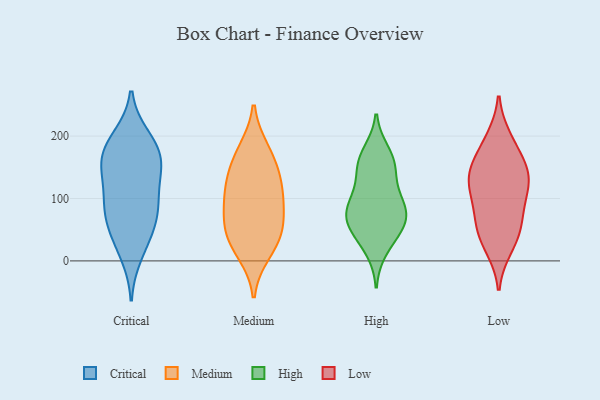
{"axis": {"x": "Energy Usage (MWh)", "y": "Value"}, "legend": ["Critical", "High", "Low", "Medium"], "data": [{"x": "", "y": 195, "type": "Critical"}, {"x": "", "y": 166, "type": "Critical"}, {"x": "", "y": 10, "type": "Critical"}, {"x": "", "y": 51, "type": "Critical"}, {"x": "", "y": 162, "type": "Critical"}, {"x": "", "y": 123, "type": "Critical"}, {"x": "", "y": 138, "type": "Critical"}, {"x": "", "y": 171, "type": "Critical"}, {"x": "", "y": 93, "type": "Critical"}, {"x": "", "y": 157, "type": "Critical"}, {"x": "", "y": 87, "type": "Critical"}, {"x": "", "y": 198, "type": "Critical"}, {"x": "", "y": 35, "type": "Critical"}, {"x": "", "y": 84, "type": "Critical"}, {"x": "", "y": 68, "type": "Critical"}, {"x": "", "y": 49, "type": "Medium"}, {"x": "", "y": 176, "type": "Medium"}, {"x": "", "y": 131, "type": "Medium"}, {"x": "", "y": 94, "type": "Medium"}, {"x": "", "y": 163, "type": "Medium"}, {"x": "", "y": 93, "type": "Medium"}, {"x": "", "y": 54, "type": "Medium"}, {"x": "", "y": 15, "type": "Medium"}, {"x": "", "y": 121, "type": "Medium"}, {"x": "", "y": 35, "type": "Medium"}, {"x": "", "y": 102, "type": "High"}, {"x": "", "y": 48, "type": "High"}, {"x": "", "y": 173, "type": "High"}, {"x": "", "y": 62, "type": "High"}, {"x": "", "y": 144, "type": "High"}, {"x": "", "y": 100, "type": "High"}, {"x": "", "y": 19, "type": "High"}, {"x": "", "y": 153, "type": "High"}, {"x": "", "y": 49, "type": "High"}, {"x": "", "y": 78, "type": "High"}, {"x": "", "y": 81, "type": "High"}, {"x": "", "y": 73, "type": "High"}, {"x": "", "y": 159, "type": "High"}, {"x": "", "y": 100, "type": "Low"}, {"x": "", "y": 143, "type": "Low"}, {"x": "", "y": 51, "type": "Low"}, {"x": "", "y": 22, "type": "Low"}, {"x": "", "y": 130, "type": "Low"}, {"x": "", "y": 195, "type": "Low"}, {"x": "", "y": 187, "type": "Low"}, {"x": "", "y": 72, "type": "Low"}, {"x": "", "y": 128, "type": "Low"}, {"x": "", "y": 110, "type": "Low"}, {"x": "", "y": 63, "type": "Low"}, {"x": "", "y": 153, "type": "Low"}, {"x": "", "y": 33, "type": "Low"}, {"x": "", "y": 144, "type": "Low"}]}